Trukikaitis_Postimees, lk 102
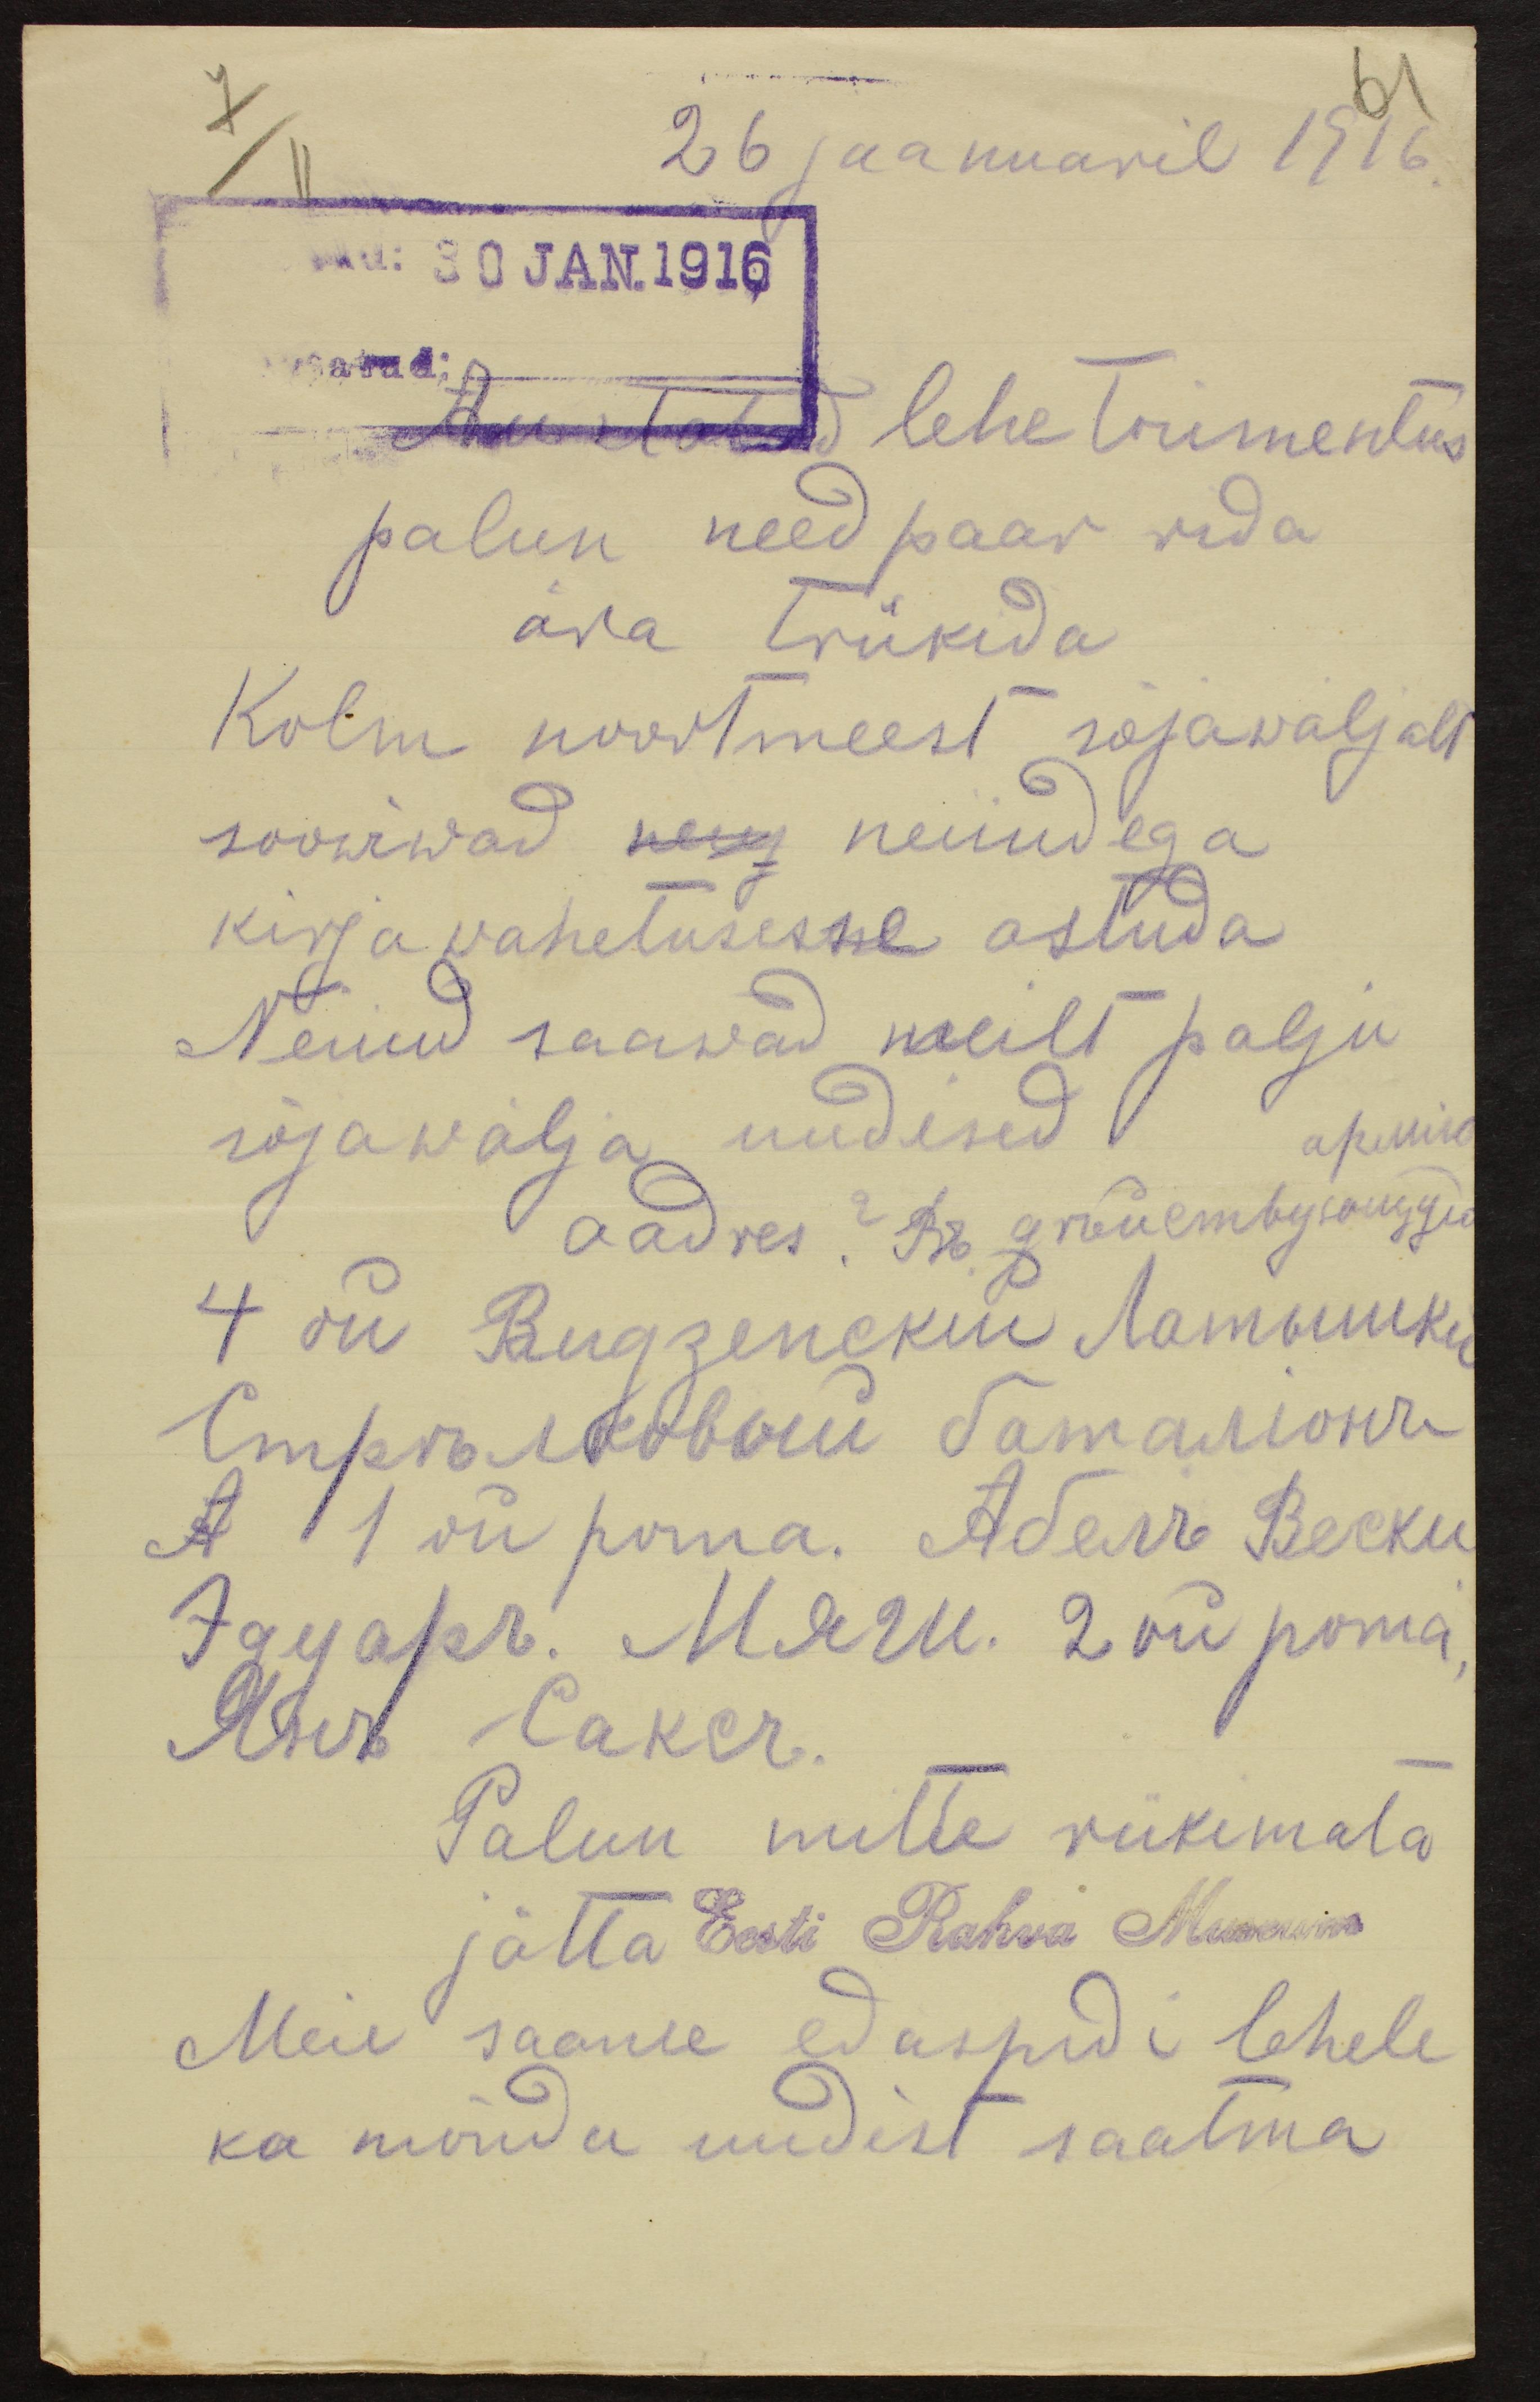
61
7
II
26 jaanuaril 1916.
nud: 30 JAN.1916
atud:
Austatud lehe toimentus
palun need paar rida
ära trükida
Kolm noortmeest sõjawäljalt
soowiwad neiudega
kirja wahetusesse astuda
Neiud saawad meilt palju
sõjawälja uudised
aadres
Palun mitte trükimata
jätta Eesti Rahva Museum
Meie saame edaspidi lehele
ka mõnda uudist saatma